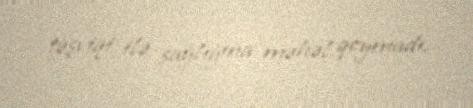
təşviqi ilə sağlığına məhəl qoymadı.